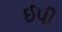
ઈપી